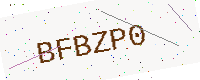
Text: BFBZP0